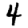
Digit: 4